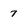
Character: 7